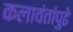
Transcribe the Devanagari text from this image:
कलावंतांपुढे